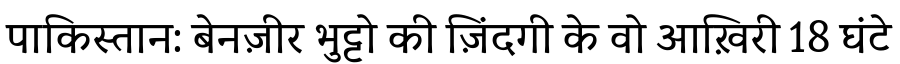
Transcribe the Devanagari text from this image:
पाकिस्तान: बेनज़ीर भुट्टो की ज़िंदगी के वो आख़िरी 18 घंटे